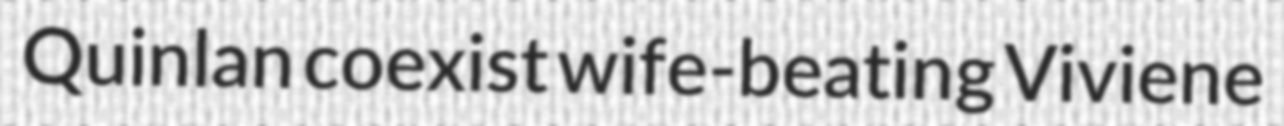
Quinlan coexist wife-beating Viviene